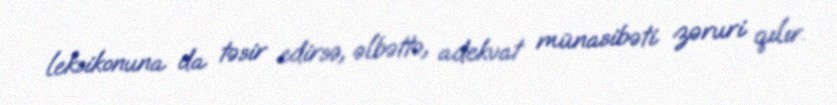
leksikonuna da təsir edirsə, əlbəttə, adekvat münasibəti zəruri qılır.